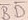
Text: BD